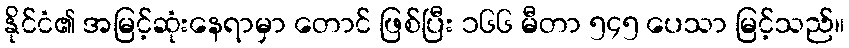
နိုင်ငံ၏ အမြင့်ဆုံးနေရာမှာ တောင် ဖြစ်ပြီး ၁၆၆ မီတာ ၅၄၅ ပေသာ မြင့်သည်။